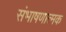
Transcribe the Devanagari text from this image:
संभाषणात्मक